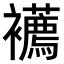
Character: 𧟆